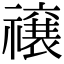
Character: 𮂜